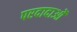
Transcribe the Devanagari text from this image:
परदादाओं